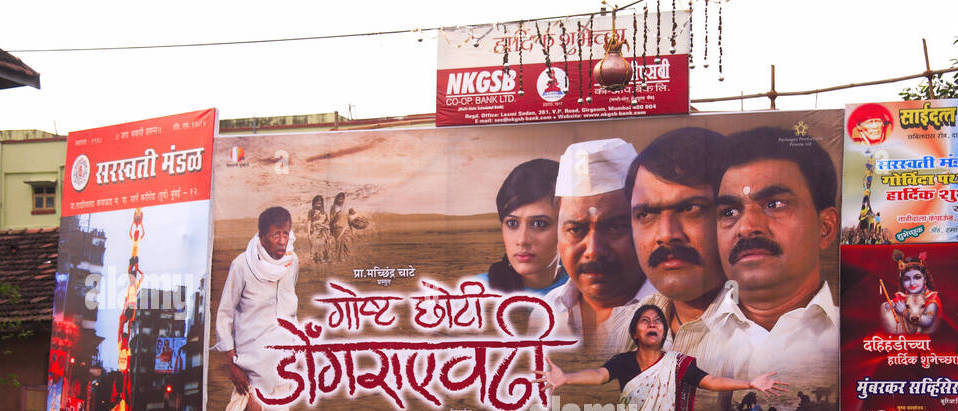
Language: marathi
Transcription: छोटी गोष्ट मच्छिंद्र चाटे सरस्वती मंडळ हार्दिक मुंबरकर सर्व्हिसेस शुभेच्छा गोविंदा हार्दिक दहिहंडीच्या साईदत्त